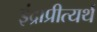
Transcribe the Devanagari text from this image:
इंद्राप्रीत्यर्थ